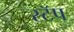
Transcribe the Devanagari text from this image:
स्टॅप